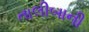
તાલીબાની